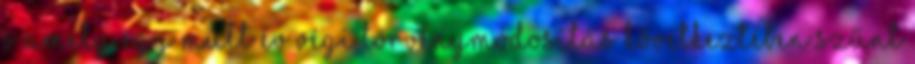
s amely egy múlt év végi törvénymódosítás következtében szűnt